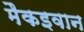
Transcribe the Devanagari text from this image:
मैकइवान